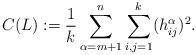
LaTeX: \begin{align*}C(L) := \frac{1}{k} \sum_{\alpha =m+1}^n \sum_{i,j=1}^k(h_{ij}^{\alpha})^2.\end{align*}